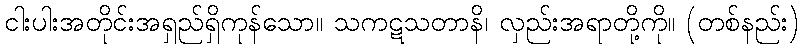
ငါးပါးအတိုင်းအရှည်ရှိကုန်သော။ သကဋသတာနိ၊ လှည်းအရာတို့ကို။ (တစ်နည်း)